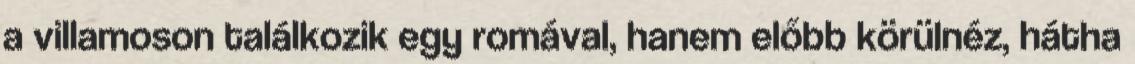
a villamoson találkozik egy romával, hanem előbb körülnéz, hátha